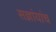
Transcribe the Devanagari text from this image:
सज्ञांयांच